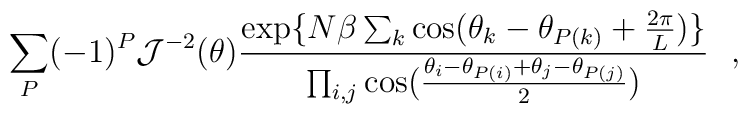
\sum_P (-1)^P {\cal J}^{-2}(\theta) {\exp\{ N \beta \sum_k \cos(\theta_k - \theta_{P(k)} + {2 \pi \over L})\} \over \prod_{i,j} \cos \bigl({\theta_i - \theta_{P(i)} + \theta_j - \theta_{P(j)} \over 2 }\bigr)}~~,